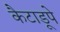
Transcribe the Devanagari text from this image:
कैटाडूपे